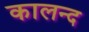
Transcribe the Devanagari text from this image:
कालन्द